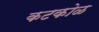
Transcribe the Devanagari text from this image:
कटकोळ